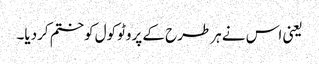
یعنی اس نے ہرطرح کے پروٹوکول کوختم کردیا۔